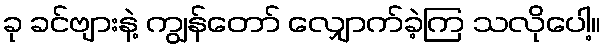
ခု ခင်ဗျားနဲ့ ကျွန်တော် လျှောက်ခဲ့ကြ သလိုပေါ့။